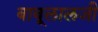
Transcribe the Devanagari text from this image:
बाबूलालजी